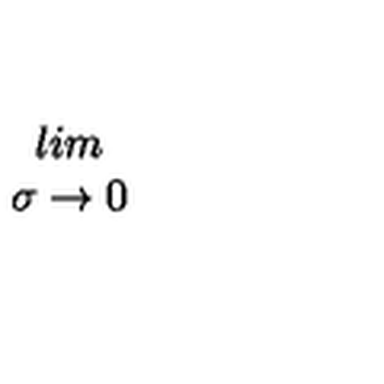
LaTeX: \begin{array} { c } { l i m } \\ { \sigma \rightarrow 0 } \\ \end{array}